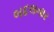
બદલનાર